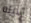
الابله